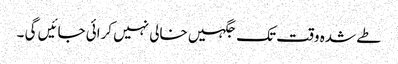
طے شدہ وقت تک جگہیں خالی نہیں کرائی جائیں گی ۔